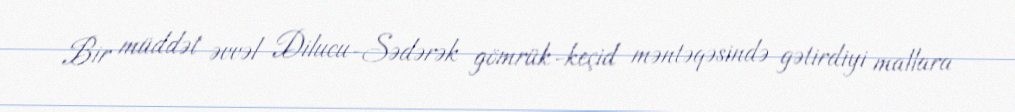
Bir müddət əvvəl Dilucu-Sədərək gömrük-keçid məntəqəsində gətirdiyi mallara